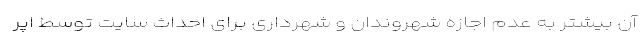
آن بیشتر به عدم اجازه شهروندان و شهرداری برای احداث سایت توسط اپر